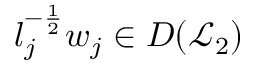
l _ { j } ^ { - \frac { 1 } { 2 } } w _ { j } \in D ( \mathcal { L } _ { 2 } )